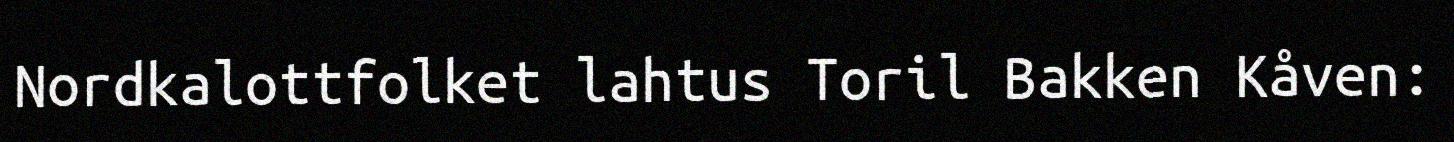
Nordkalottfolket lahtus Toril Bakken Kåven: